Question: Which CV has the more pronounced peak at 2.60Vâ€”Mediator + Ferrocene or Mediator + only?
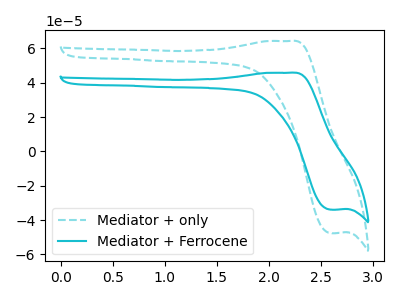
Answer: <think>The cyan dashed curve "Mediator + only" has an anodic peak at (2.20V, 64.35uA) and a cathodic peak at (2.60V, -47.55uA). The cyan curve "Mediator + Ferrocene" has an anodic peak at (2.20V, 45.85uA) and a cathodic peak at (2.60V, -33.90uA).</think>
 <answer>The peak at 2.60V is lower in "Mediator + Ferrocene" than in "Mediator + only".</answer>
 <eval>lower</eval>